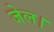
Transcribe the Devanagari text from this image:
जेल।